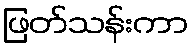
ဖြတ်သန်းကာ